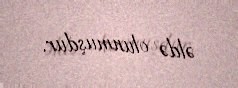
əldə olunmuşdur.